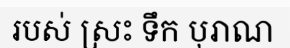
របស់ ស្រះ ទឹក បុរាណ